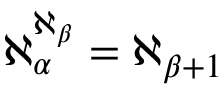
\aleph _ { \alpha } ^ { \aleph _ { \beta } } = \aleph _ { \beta + 1 }